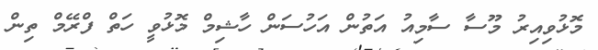
މޮޅުވިއިރު މޫސާ ސާމިއު އަތުން އަހުސަން ހާޝިމް މޮޅުވީ ހަތް ފްރޭމް ތިން